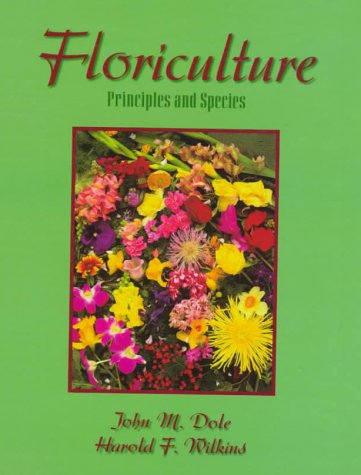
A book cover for Floriculture: Principles and Species; John M. Dole; Crafts, Hobbies & Home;